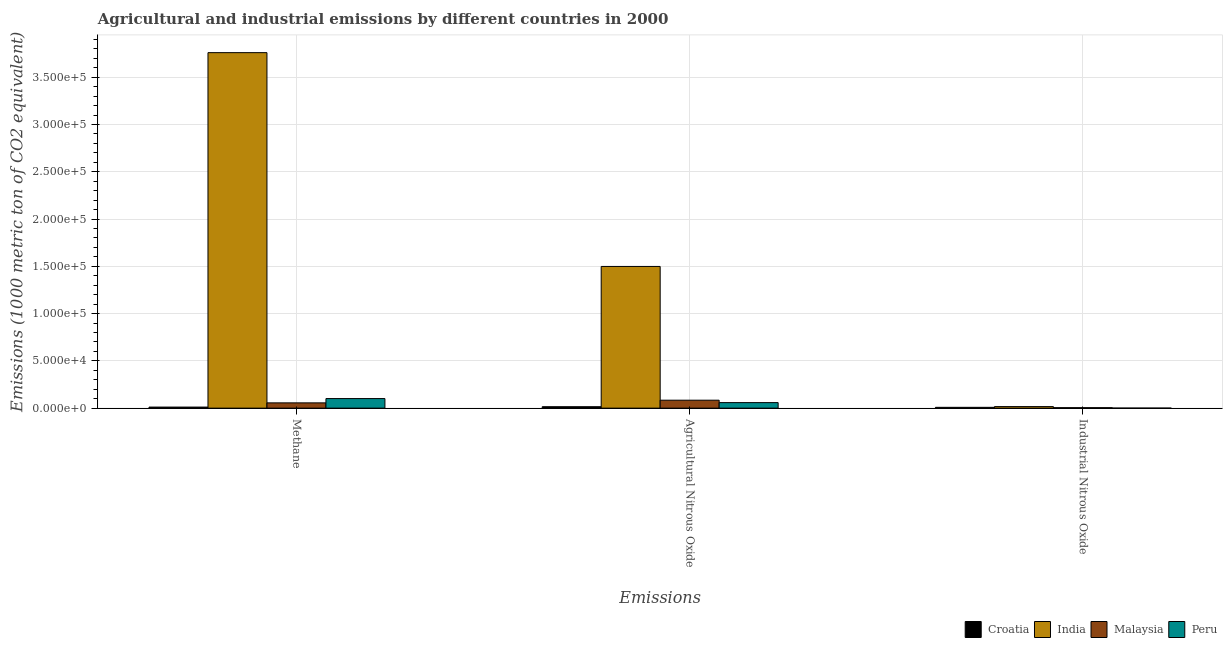
| Emissions | Croatia | India | Malaysia | Peru |
 | --- | --- | --- | --- | --- |
 | Methane | 1.12e+03 | 3.76e+05 | 5.58e+03 | 1.01e+04 |
 | Agricultural Nitrous Oxide | 1.52e+03 | 1.5e+05 | 8.4e+03 | 5.85e+03 |
 | Industrial Nitrous Oxide | 854 | 1.64e+03 | 494 | 33.5 |